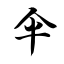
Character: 伞